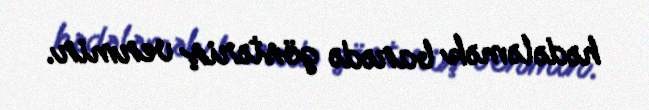
hədələmək barədə göstəriş vermir.